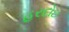
હરદોઇ